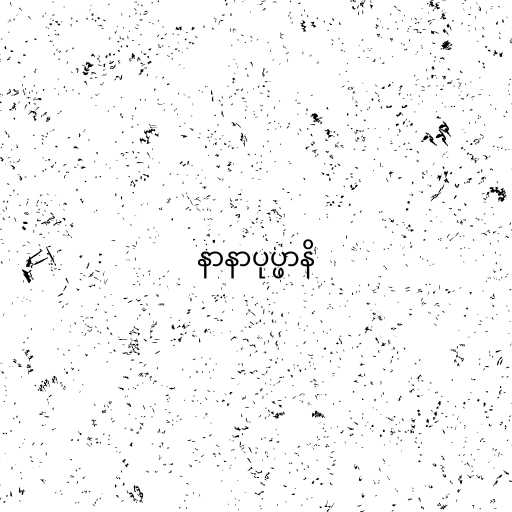
နာနာပုပ္ဖာနိ